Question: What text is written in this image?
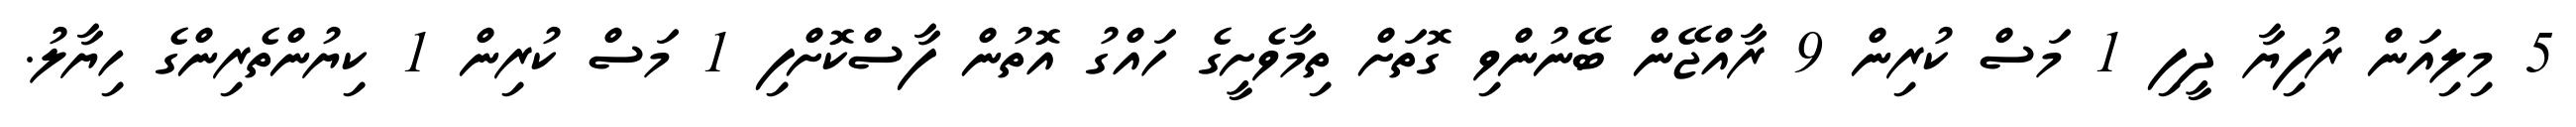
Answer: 5 މިލިއަން ރުފިޔާ ދީފި 1 މަސް ކުރިން 9 ރާއްޖޭން ބޭނުންވި ގޮތަށް ތިމާވެށީގެ ހައްގު އޮތުން ފާސްކޮށްފި 1 މަސް ކުރިން 1 ކިޔުންތެރިންގެ ހިޔާލު.